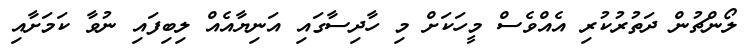
ލޯންޗުން ދަތުރުކުރި އެއްވެސް މީހަކަށް މި ހާދިސާގައި އަނިޔާއެއް ލިބިފައި ނުވާ ކަމަށާއި